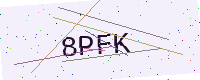
Text: 8PFK